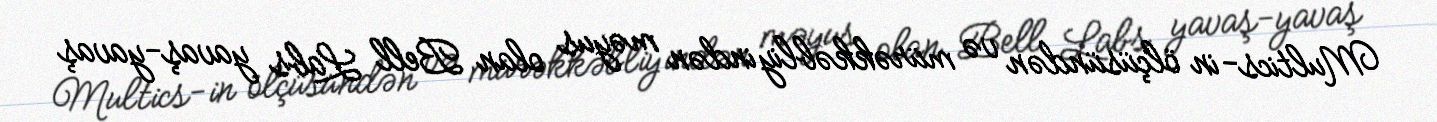
Multics-in ölçüsündən və mürəkkəbliyindən məyus olan Bell Labs yavaş-yavaş